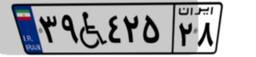
۳۹W۴۲۵۲۸